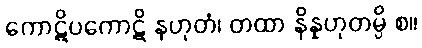
ကောဋိပကောဋိ နဟုတံ၊ တထာ နိန္နဟုတမ္ပိ စ။